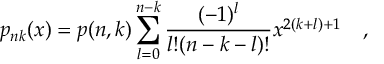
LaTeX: p _ { n k } ( x ) = p ( n , k ) \sum _ { l = 0 } ^ { n - k } \frac { ( - 1 ) ^ { l } } { l ! ( n - k - l ) ! } x ^ { 2 ( k + l ) + 1 } ~ ~ ~ ,